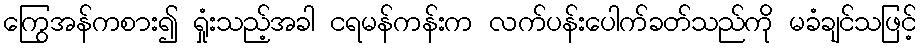
ကြွေအန်ကစား၍ ရှုံးသည့်အခါ ငရမန်ကန်းက လက်ပန်းပေါက်ခတ်သည်ကို မခံချင်သဖြင့်